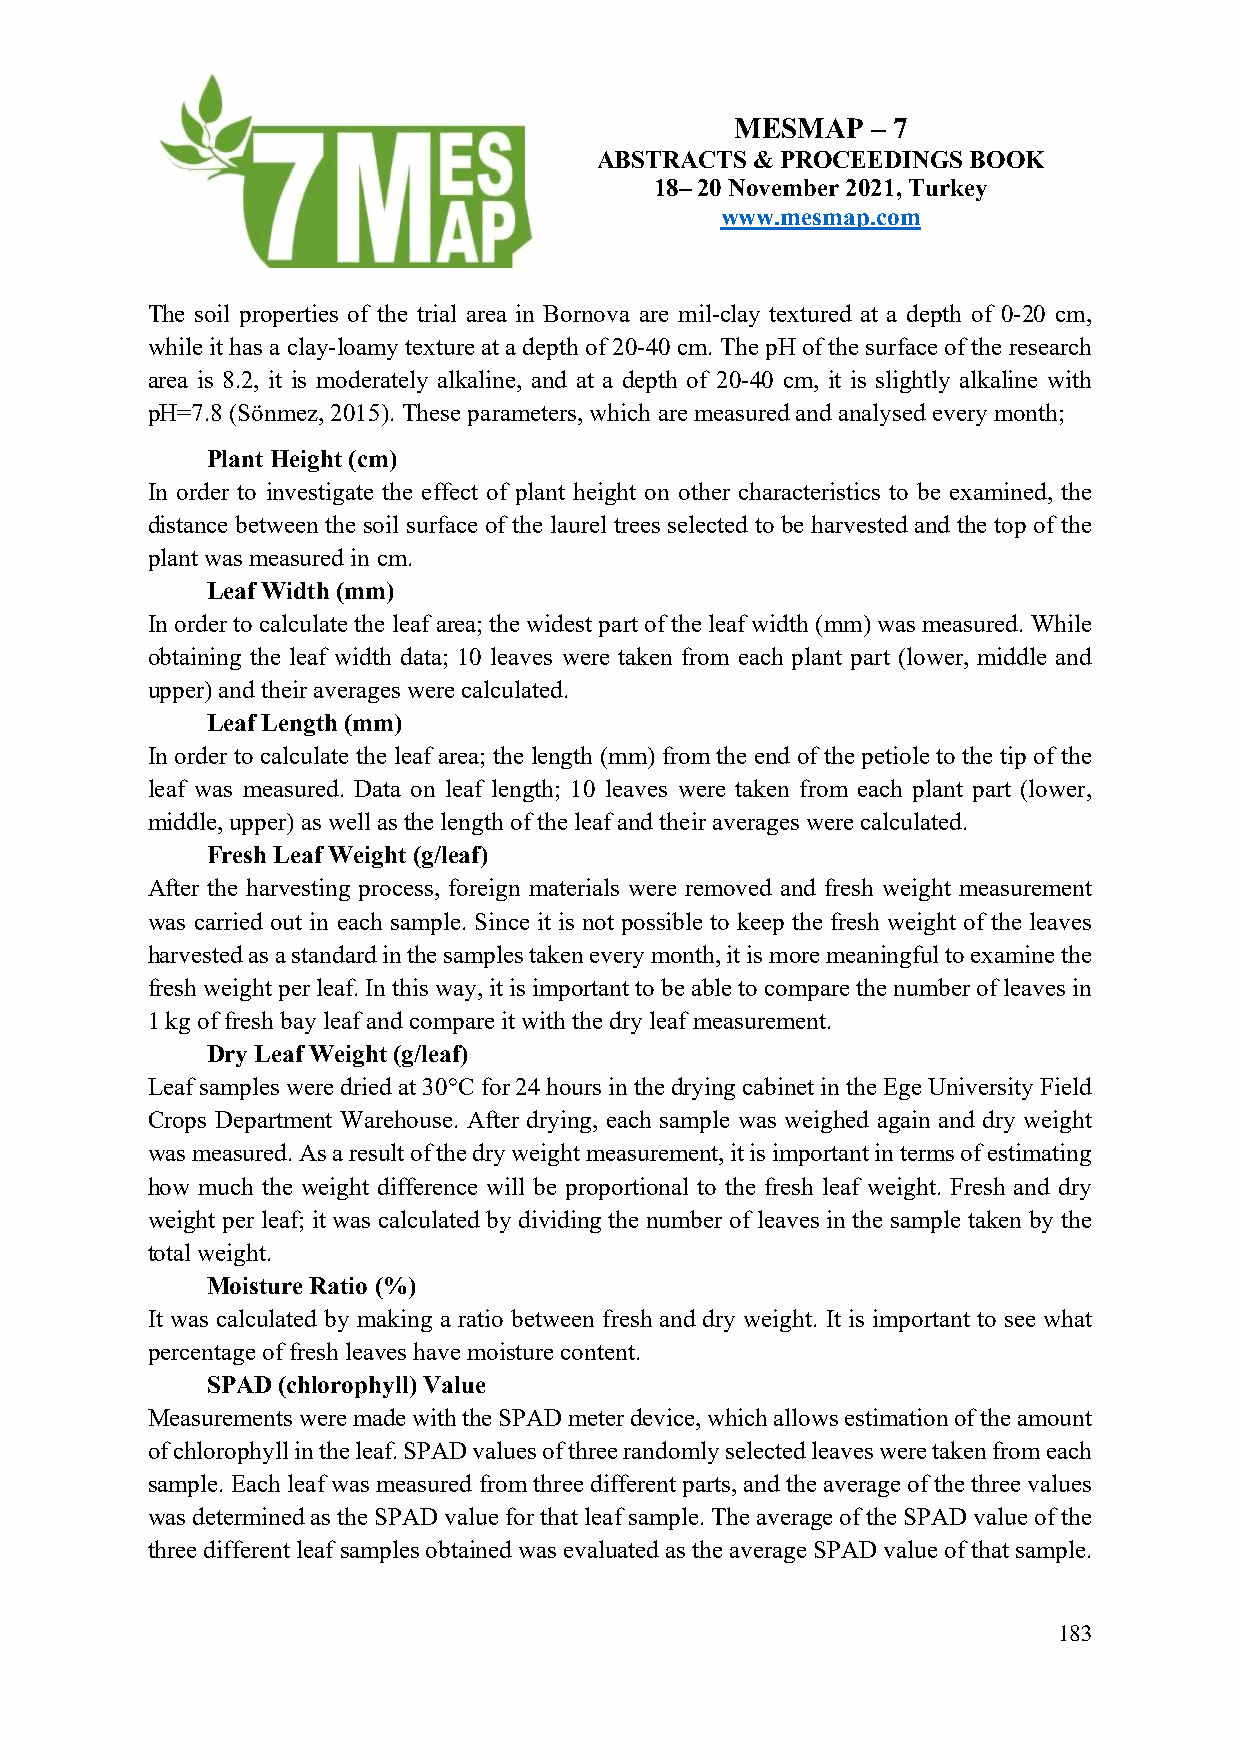
MESMAP   – 7
 ABSTRACTS  & PROCEEDINGS BOOK
 18– 20 November 2021, Turkey
 www.mesmap.com
 The soil properties of the trial area in Bornova are mil-clay textured at a depth of 0-20 cm,
 while it has a clay-loamy texture at a depth of 20-40 cm. The pH of the surface of the research
 area is 8.2, it is moderately alkaline, and at a depth of 20-40 cm, it is slightly alkaline with
 pH=7.8 (Sönmez, 2015). These parameters, which are measured and analysed every month;
 Plant Height (cm)
 In order to investigate the effect of plant height on other characteristics to be examined, the
 distance between the soil surface of the laurel trees selected to be harvested and the top of the
 plant was measured in cm.
 Leaf Width (mm)
 In order to calculate the leaf area; the widest part of the leaf width (mm) was measured. While
 obtaining the leaf width data; 10 leaves were taken from each plant part (lower, middle and
 upper) and their averages were calculated.
 Leaf Length (mm)
 In order to calculate the leaf area; the length (mm) from the end of the petiole to the tip of the
 leaf was measured. Data on leaf length; 10 leaves were taken from each plant part (lower,
 middle, upper) as well as the length of the leaf and their averages were calculated.
 Fresh Leaf Weight (g/leaf)
 After the harvesting process, foreign materials were removed and fresh weight measurement
 was carried out in each sample. Since it is not possible to keep the fresh weight of the leaves
 harvested as a standard in the samples taken every month, it is more meaningful to examine the
 fresh weight per leaf. In this way, it is important to be able to compare the number of leaves in
 1 kg of fresh bay leaf and compare it with the dry leaf measurement.
 Dry Leaf Weight (g/leaf)
 Leaf samples were dried at 30°C for 24 hours in the drying cabinet in the Ege University Field
 Crops Department Warehouse. After drying, each sample was weighed again and dry weight
 was measured. As a result of the dry weight measurement, it is important in terms of estimating
 how much the weight difference will be proportional to the fresh leaf weight. Fresh and dry
 weight per leaf; it was calculated by dividing the number of leaves in the sample taken by the
 total weight.
 Moisture Ratio (%)
 It was calculated by making a ratio between fresh and dry weight. It is important to see what
 percentage of fresh leaves have moisture content.
 SPAD (chlorophyll) Value
 Measurements were made with the SPAD meter device, which allows estimation of the amount
 of chlorophyll in the leaf. SPAD values of three randomly selected leaves were taken from each
 sample. Each leaf was measured from three different parts, and the average of the three values
 was determined as the SPAD value for that leaf sample. The average of the SPAD value of the
 three different leaf samples obtained was evaluated as the average SPAD value of that sample.
 183